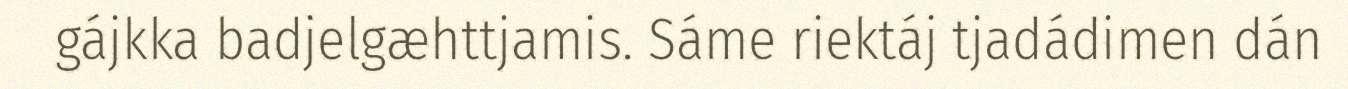
gájkka badjelgæhttjamis. Sáme riektáj tjadádimen dán